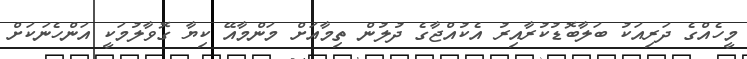
މީހެއްގެ ދަރިއަކު ބަލާބޮޑުކުރާއިރު އެކުއްޖާގެ ދުލުން ތިމާއަށް މަންމާއޭ ކިޔާ ގޮވާލުމަކީ އަންހެނަކަށް